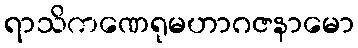
ရာသိကဏေရုမဟာဂဇနာမော